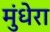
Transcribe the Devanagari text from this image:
मुंधेरा